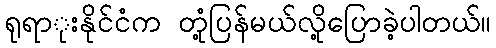
ရုရာုးနိုင်ငံက တုံ့ပြန်မယ်လို့ပြောခဲ့ပါတယ်။